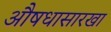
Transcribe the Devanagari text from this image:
औषधासारखा